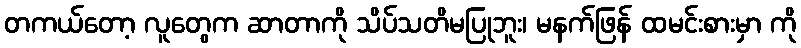
တကယ်တော့ လူတွေက ဆာတာကို သိပ်သတိမပြုဘူး၊ မနက်ဖြန် ထမင်းစားမှာ ကို